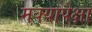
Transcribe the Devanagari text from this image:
मक्यापेक्षा